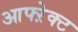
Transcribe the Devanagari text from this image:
आफ्ऱेक्ट